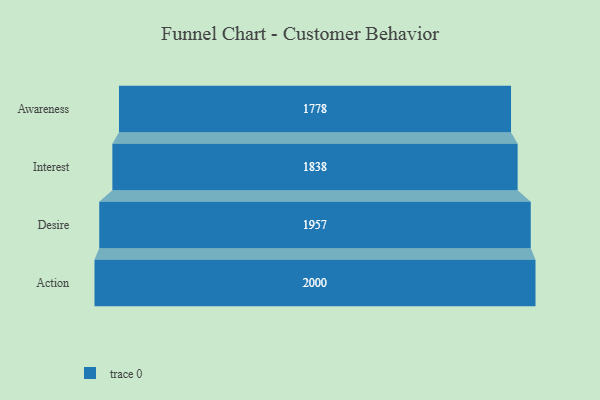
{"axis": {"x": "Stage", "y": "Value"}, "legend": [""], "data": [{"x": "Awareness", "y": 1778.0, "type": ""}, {"x": "Interest", "y": 1838.0, "type": ""}, {"x": "Desire", "y": 1957.0, "type": ""}, {"x": "Action", "y": 2000, "type": ""}]}